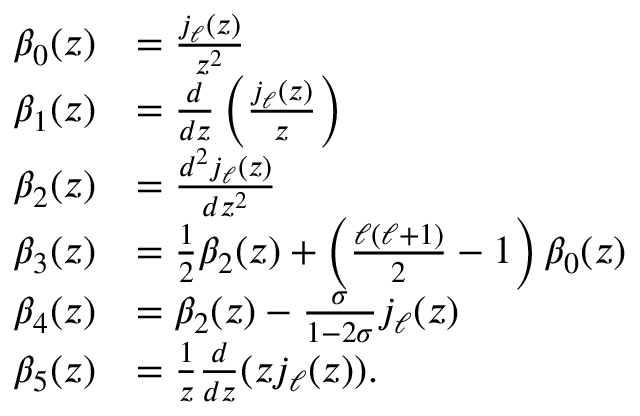
\begin{array} { r l } { \beta _ { 0 } ( z ) } & { = \frac { j _ { \ell } ( z ) } { z ^ { 2 } } } \\ { \beta _ { 1 } ( z ) } & { = \frac { d } { d z } \left( \frac { j _ { \ell } ( z ) } { z } \right) } \\ { \beta _ { 2 } ( z ) } & { = \frac { d ^ { 2 } j _ { \ell } ( z ) } { d z ^ { 2 } } } \\ { \beta _ { 3 } ( z ) } & { = \frac { 1 } { 2 } \beta _ { 2 } ( z ) + \left( \frac { \ell ( \ell + 1 ) } { 2 } - 1 \right) \beta _ { 0 } ( z ) } \\ { \beta _ { 4 } ( z ) } & { = \beta _ { 2 } ( z ) - \frac { \sigma } { 1 - 2 \sigma } j _ { \ell } ( z ) } \\ { \beta _ { 5 } ( z ) } & { = \frac 1 z \frac { d } { d z } ( z j _ { \ell } ( z ) ) . } \end{array}